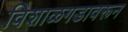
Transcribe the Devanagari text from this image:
विशाळगडावरून